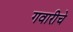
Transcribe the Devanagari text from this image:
गवारीचे